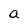
Character: a